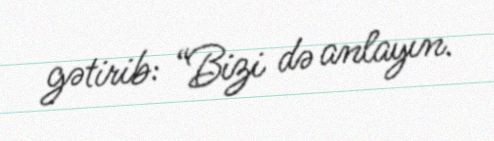
gətirib: “Bizi də anlayın.